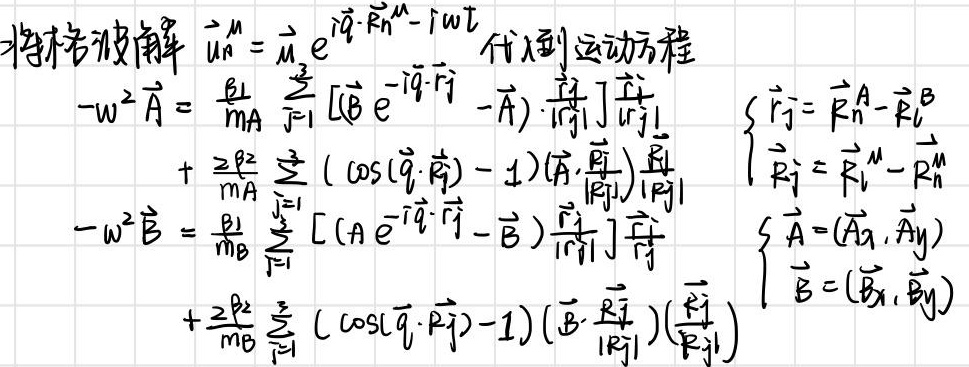
将格波解\(\vec{u}^{n}=\vec{u} e^{i\vec{q}\cdot\vec{R}^{n}-i\omega t}\)代入到运动方程：
\[
\begin{align*}
-\omega^{2}\vec{A}&= \frac{\beta_{1}}{m_{A}} \sum_{j = 1}^{3} [(\vec{B} e^{-i\vec{q}\cdot\vec{r}_{j}} -\vec{A})\cdot \frac{\vec{r}_{j}}{|\vec{r}_{j}|}]\frac{\vec{r}_{j}}{|\vec{r}_{j}|}\\
&+\frac{2\beta_{2}}{m_{A}} \sum_{j = 1}^{3} (\cos(\vec{q}\cdot\vec{R}_{j}) - 1)(\vec{A}\cdot \frac{\vec{R}_{j}}{|\vec{R}_{j}|})\frac{\vec{R}_{j}}{|\vec{R}_{j}|}\\
-\omega^{2}\vec{B}&= \frac{\beta_{1}}{m_{B}} \sum_{j = 1}^{3} [(\vec{A} e^{-i\vec{q}\cdot\vec{r}_{j}} -\vec{B})\frac{\vec{r}_{j}}{|\vec{r}_{j}|}]\frac{\vec{r}_{j}}{|\vec{r}_{j}|}\\
&+\frac{2\beta_{2}}{m_{B}} \sum_{j = 1}^{3} (\cos(\vec{q}\cdot\vec{R}_{j}) - 1)(\vec{B}\cdot \frac{\vec{R}_{j}}{|\vec{R}_{j}|})(\frac{\vec{R}_{j}}{|\vec{R}_{j}|})
\end{align*}
\]
其中
\[
\begin{cases}
\vec{r}_{j}=\vec{R}_{j}^{A}-\vec{R}_{j}^{B}\\
\vec{R}_{j}=\vec{R}_{j}^{n}-\vec{R}_{j}^{m}\\
\vec{A}=(\vec{A}_{x},\vec{A}_{y})\\
\vec{B}=(\vec{B}_{x},\vec{B}_{y})
\end{cases}
\]